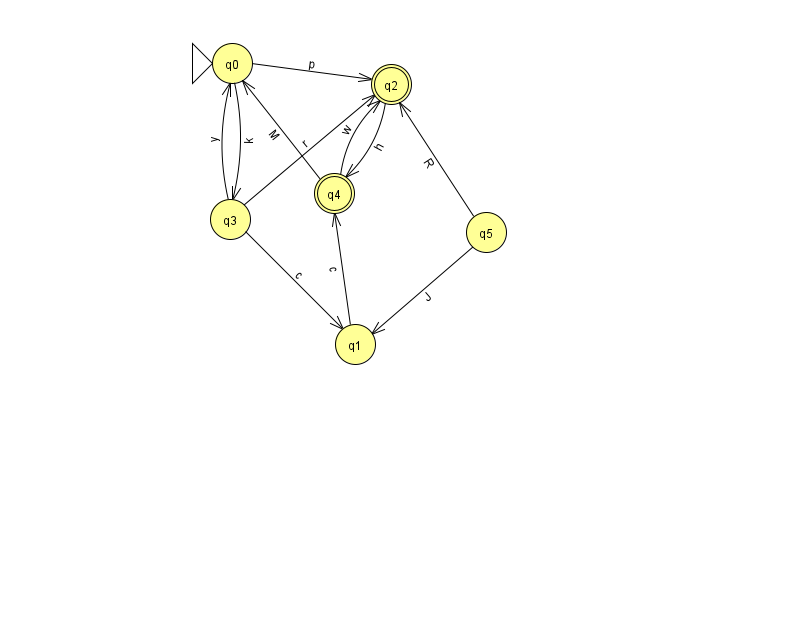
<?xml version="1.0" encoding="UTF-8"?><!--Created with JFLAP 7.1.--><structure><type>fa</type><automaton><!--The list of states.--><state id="0" name="q0"><x>232.0</x><y>50.0</y><initial/></state><state id="1" name="q1"><x>355.0</x><y>331.0</y></state><state id="2" name="q2"><x>391.0</x><y>71.0</y><final/></state><state id="3" name="q3"><x>230.0</x><y>206.0</y></state><state id="4" name="q4"><x>334.0</x><y>180.0</y><final/></state><state id="5" name="q5"><x>486.0</x><y>219.0</y></state><!--The list of transitions.--><transition><from>4</from><to>0</to><read>M</read></transition><transition><from>5</from><to>2</to><read>R</read></transition><transition><from>2</from><to>4</to><read>h</read></transition><transition><from>3</from><to>0</to><read>y</read></transition><transition><from>0</from><to>3</to><read>k</read></transition><transition><from>0</from><to>2</to><read>p</read></transition><transition><from>3</from><to>2</to><read>r</read></transition><transition><from>1</from><to>4</to><read>c</read></transition><transition><from>3</from><to>1</to><read>c</read></transition><transition><from>4</from><to>2</to><read>w</read></transition><transition><from>5</from><to>1</to><read>J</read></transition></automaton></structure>